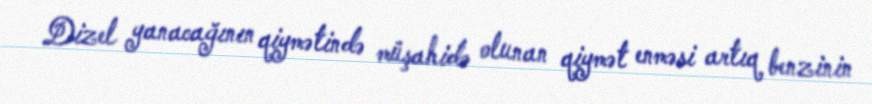
Dizel yanacağının qiymətində müşahidə olunan qiymət enməsi artıq benzinin